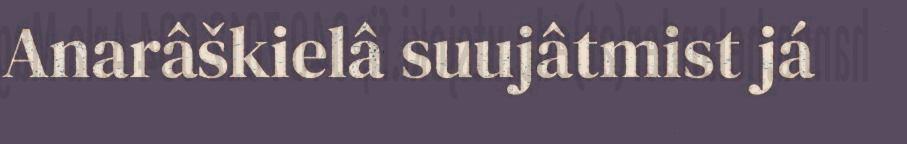
Anarâškielâ suujâtmist já